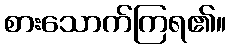
စားသောက်ကြရ၏။